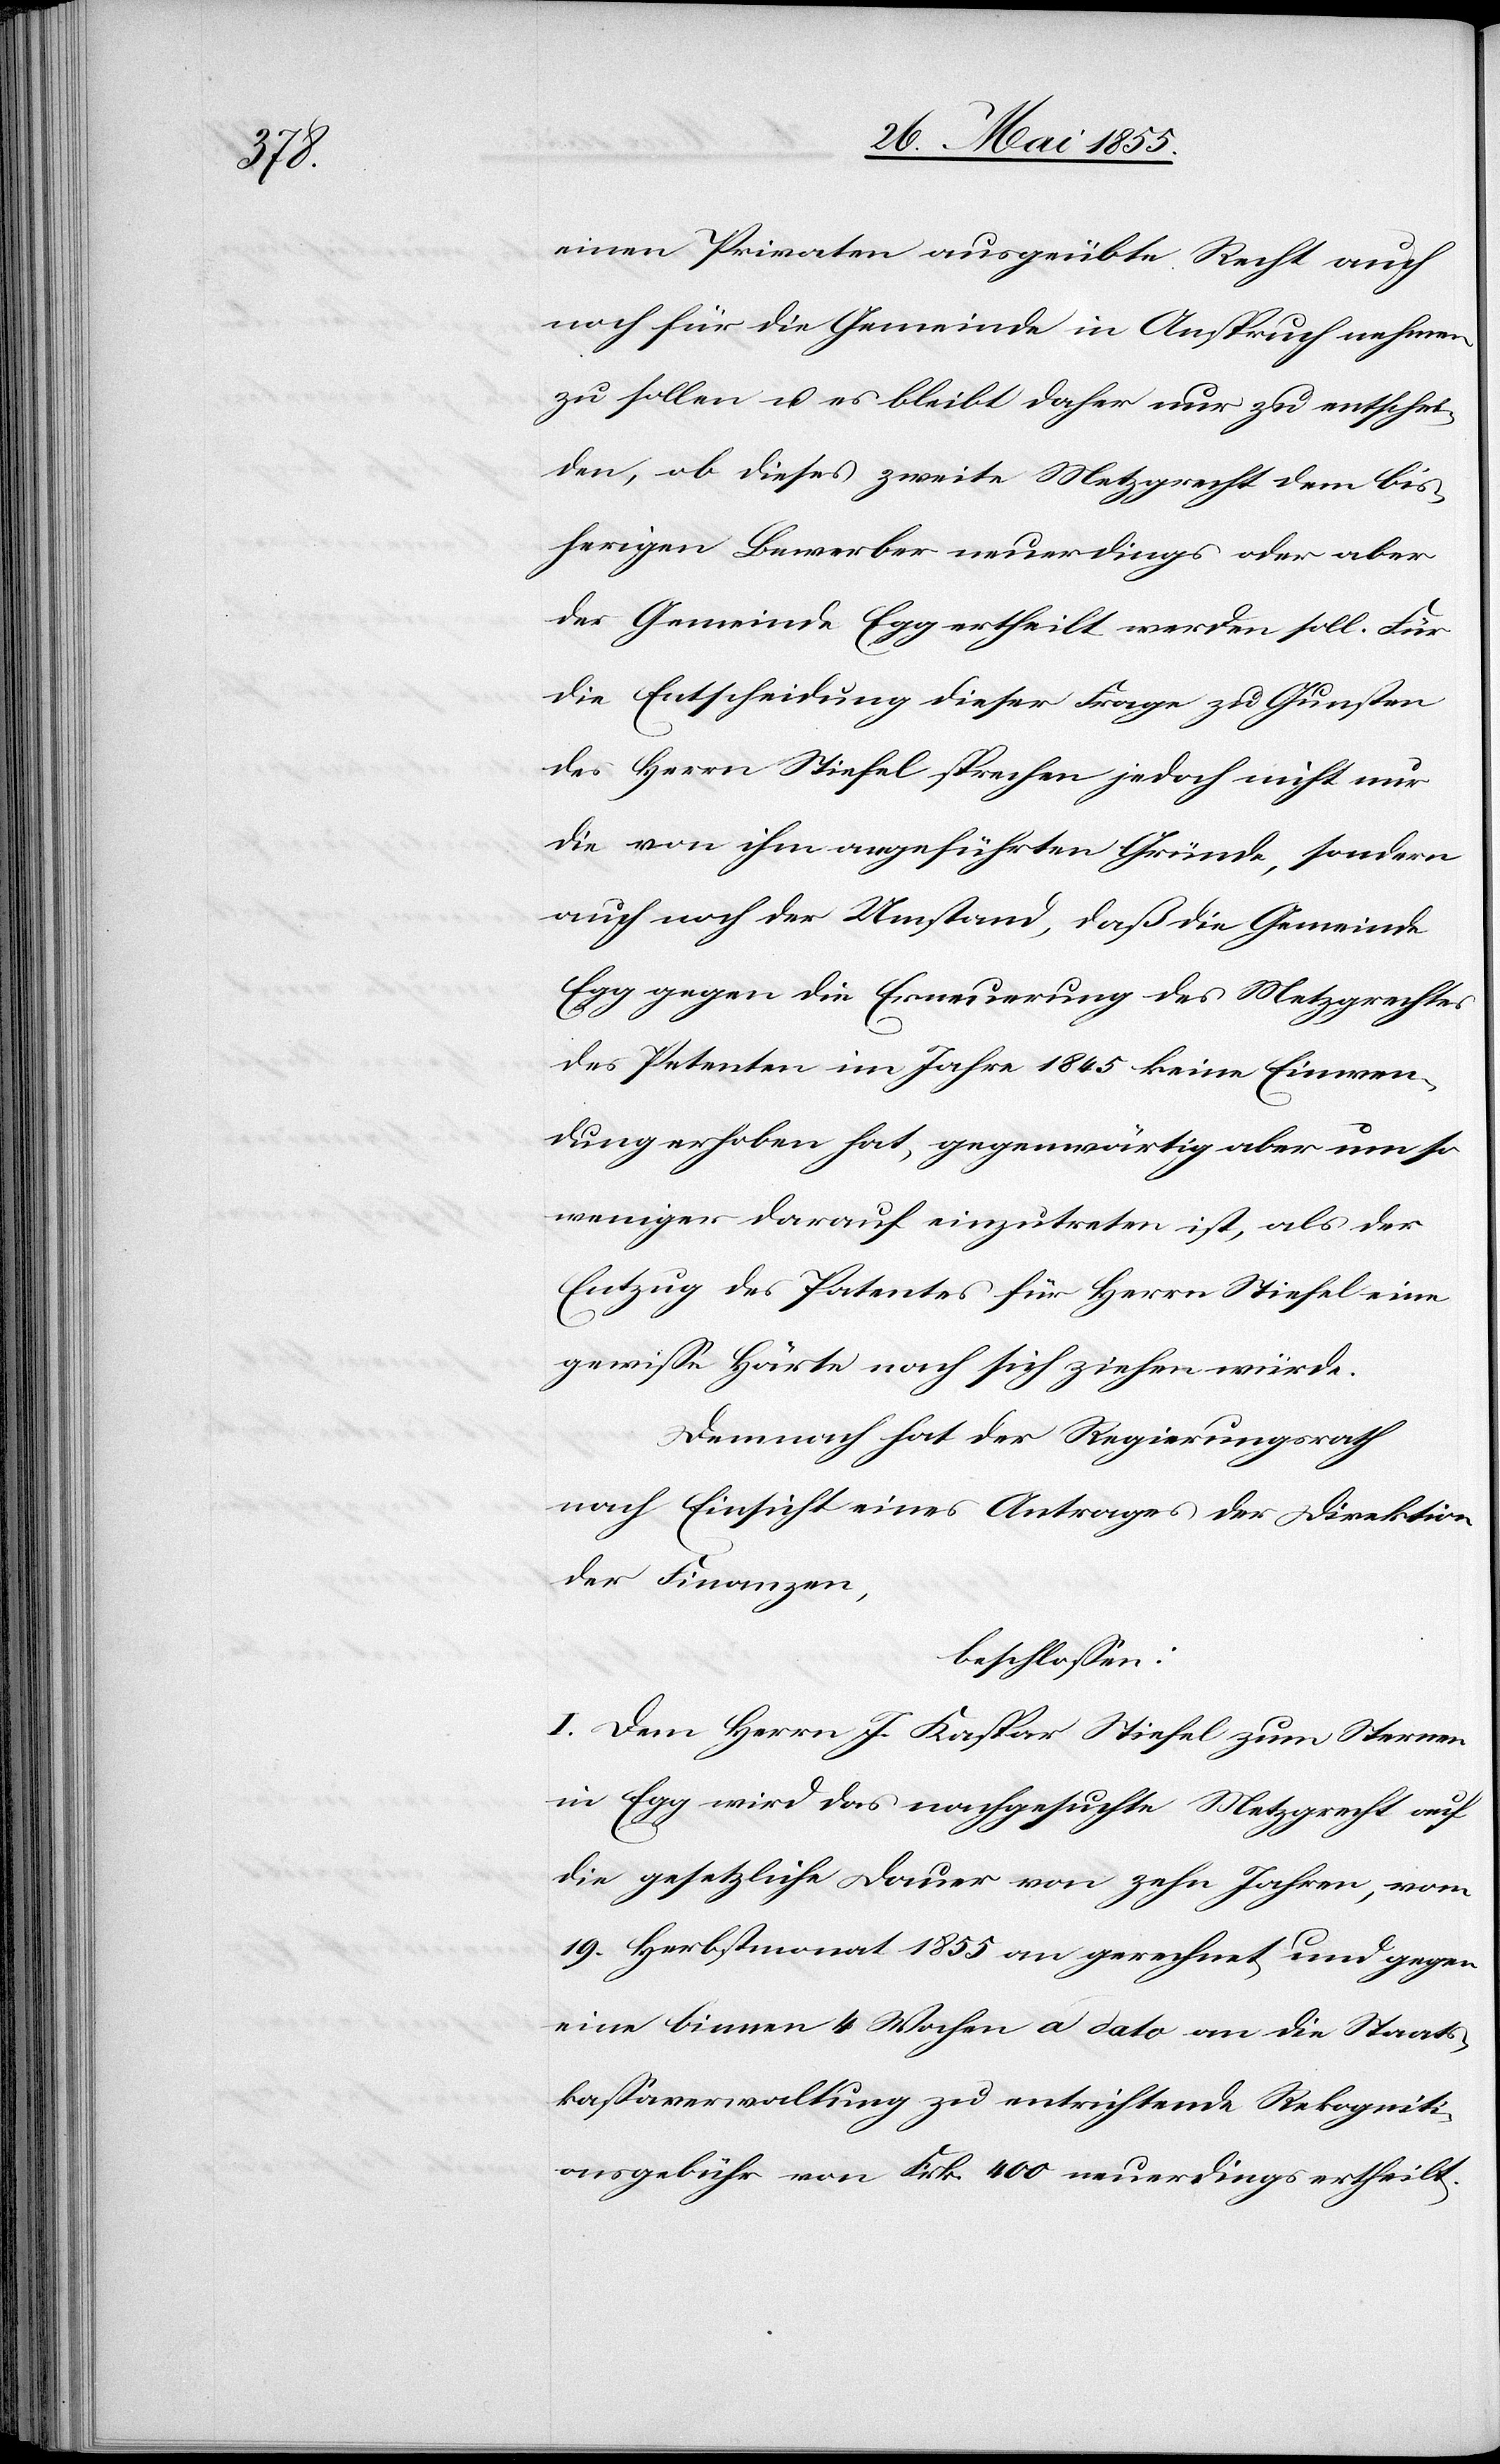
einen Privaten ausgeübte Recht auch
noch für die Gemeinde in Anspruch nehmen
zu sollen u. es bleibt daher nur zu entschei¬
den, ob dieses zweite Metzgrecht dem bis¬
herigen Bewerber neuerdings oder aber
der Gemeinde Egg ertheilt werden soll. Für
die Entscheidung dieser Frage zu Gunsten
des Herrn Stiefel sprechen jedoch nicht nur
die von ihm angeführten Gründe, sondern
auch noch der Umstand, daß die Gemeinde
Egg gegen die Erneuerung des Metzgrechtes
des Petenten im Jahre 1845 keine Einwen¬
dung erhoben hat, gegenwärtig aber um so
weniger darauf einzutreten ist, als der
Entzug des Patentes für Herrn Stiefel eine
gewisse Härte nach sich ziehen würde.
Demnach hat der Regierungsrath
nach Einsicht eines Antrages der Direktion
der Finanzen,
beschlossen:
I. Dem Herrn J. Kaspar Stiefel zum Sternen
in Egg wird das nachgesuchte Metzgrecht auf
die gesetzliche Dauer von zehn Jahren, vom
19. Herbstmonat 1855 an gerechnet, und gegen
eine binnen 4 Wochen a dato an die Staats¬
kassaverwaltung zu entrichtende Rekogniti¬
onsgebühr von Frk. 400 neuerdings ertheilt.